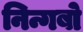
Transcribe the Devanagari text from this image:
निन्गबो